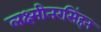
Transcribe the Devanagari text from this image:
लक्ष्मीनरसिंहन